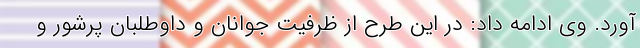
آورد. وی ادامه داد: در این طرح از ظرفیت جوانان و داوطلبان پرشور و